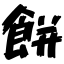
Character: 餅